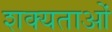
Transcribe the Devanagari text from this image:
शक्यताओं